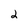
Character: 2